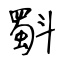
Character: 斣